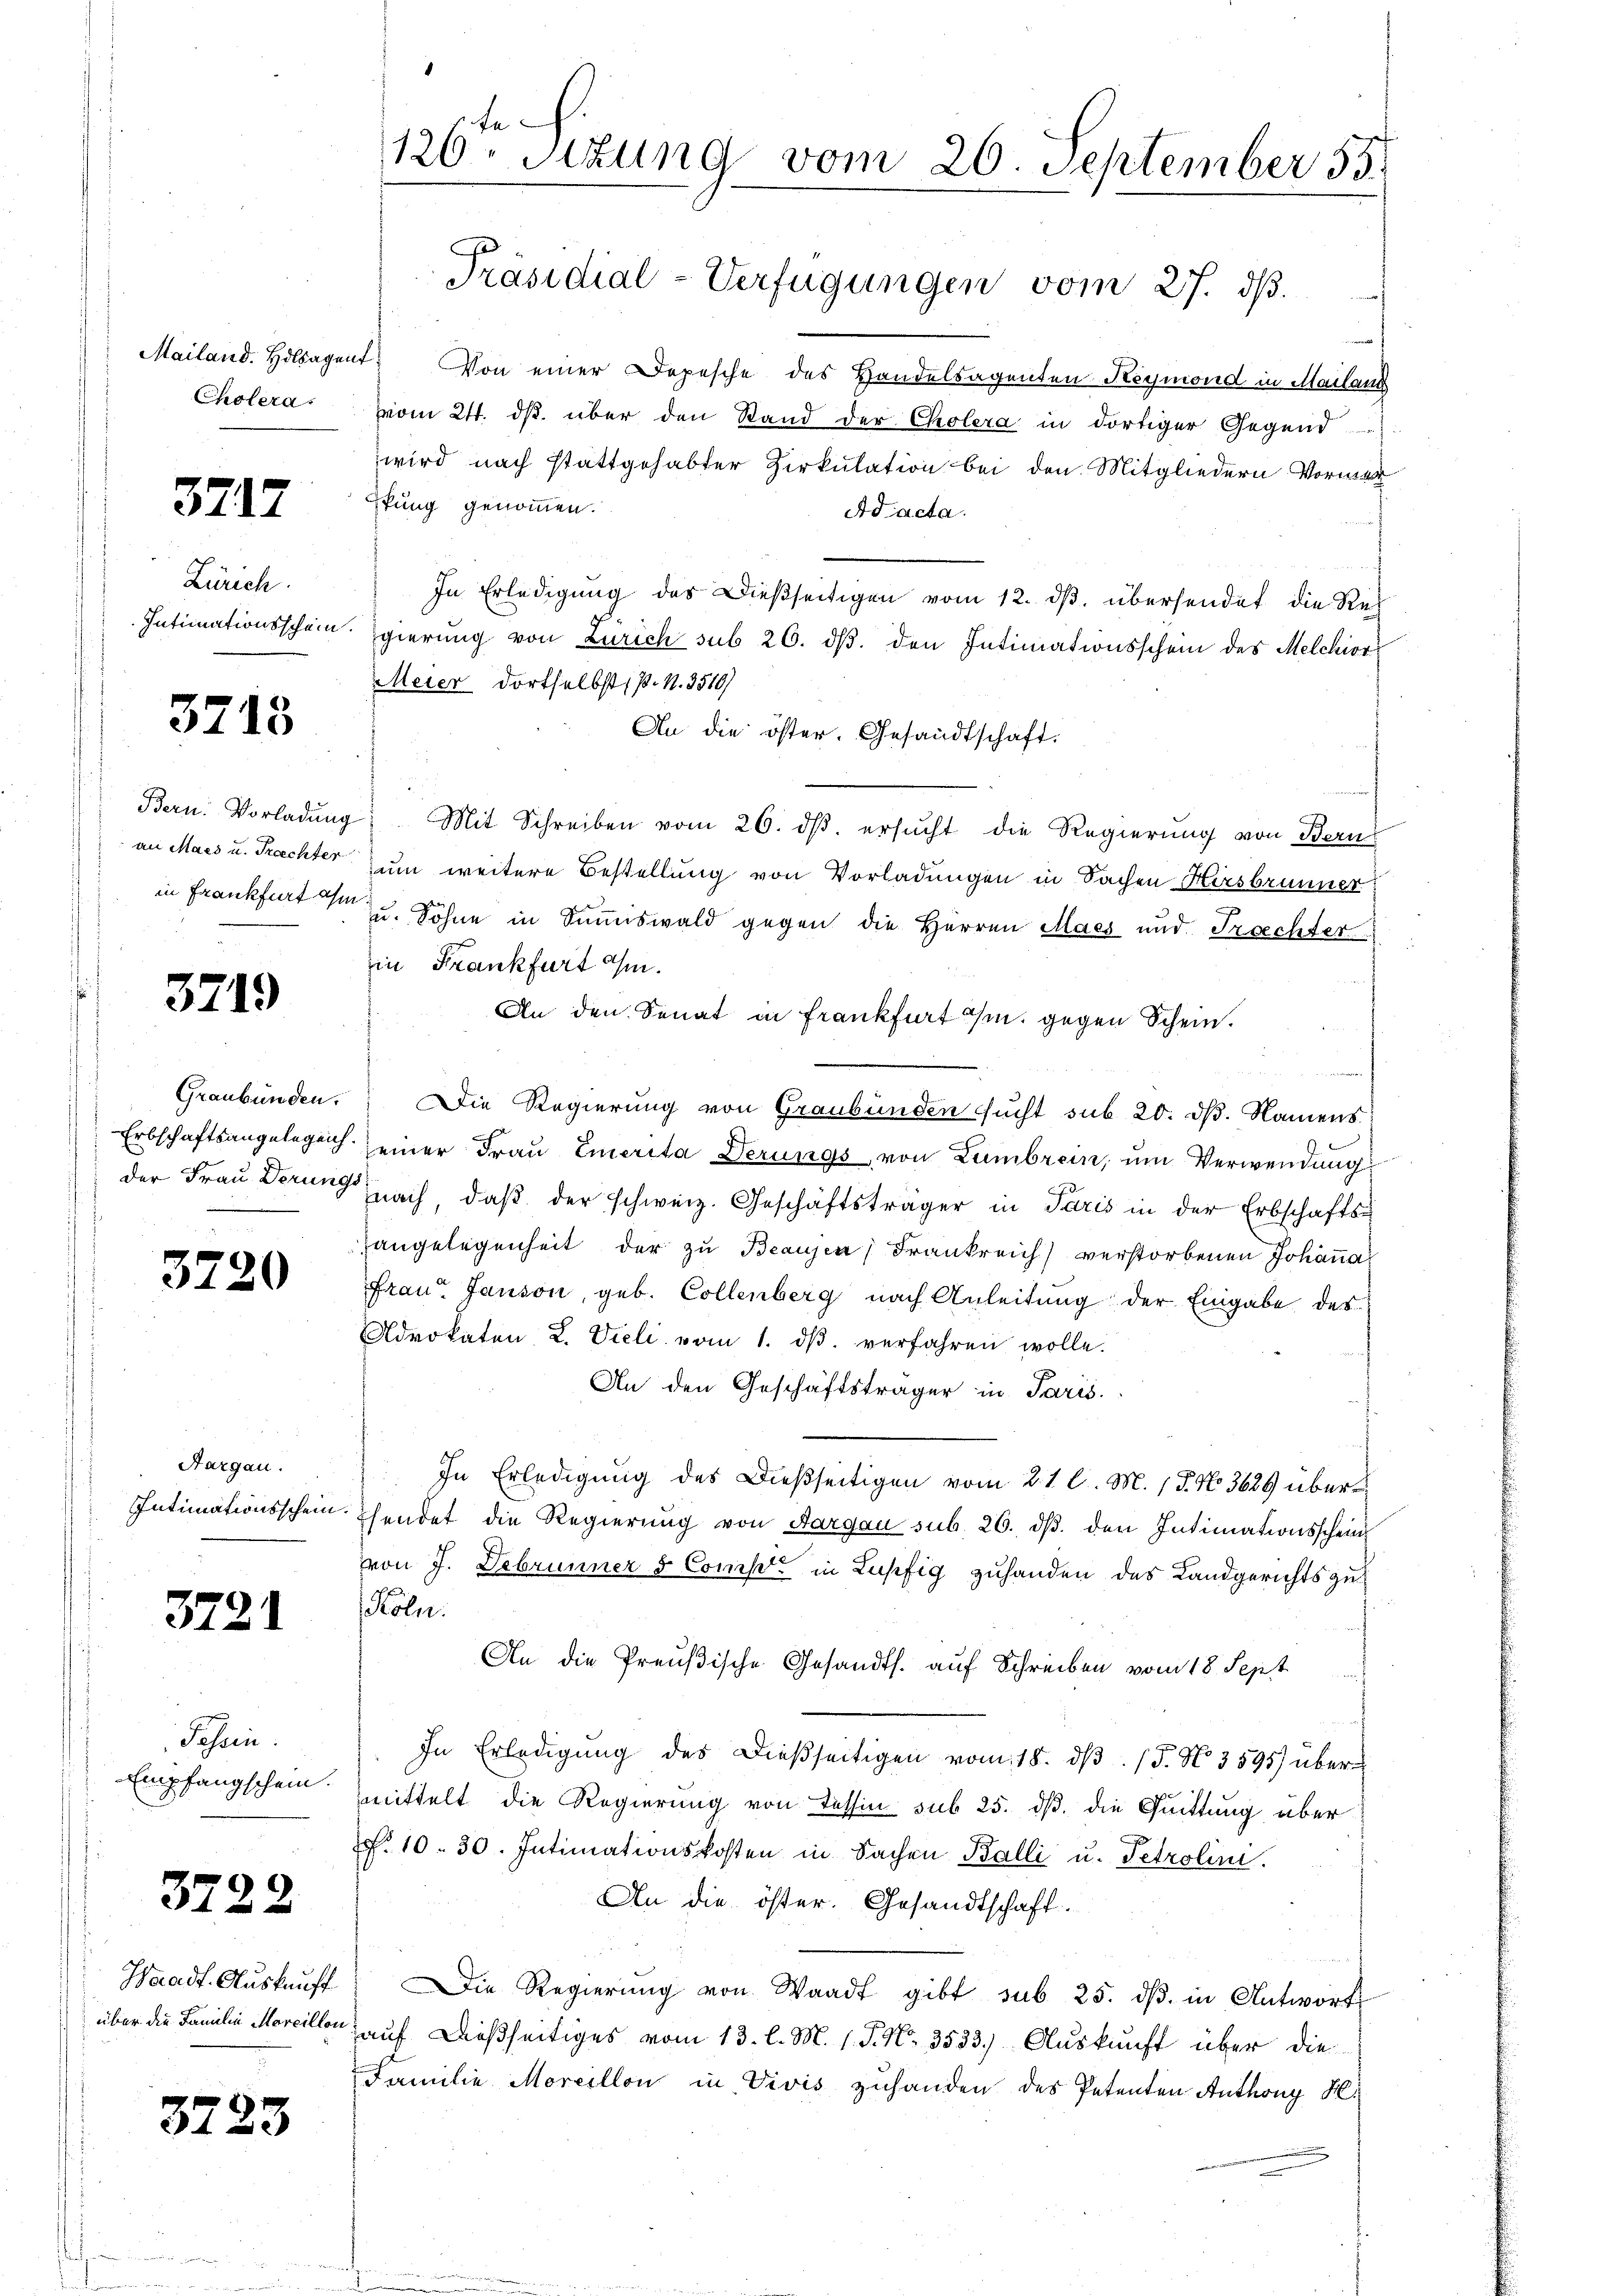
Cholera.

3717

Zürich.

3718

3719

3220

Hargau.

3721

Passen.

3722

3723

126ten Sitzung vom 26. September 55.

Mailand. Hilagent. Von einer Depesche des Handelsagenten Reymond in Mailans
vom 24. dβ über den Stand der Cholera in dortiger Gegend
wird nach stattgehabter Zirkulation bei den Mitgliedern Vormer
stung genommen.
Ad acta.
In Erledigŭng des Dießseitigen vom 12. dβ übersendet die Re-
Intimationsschein gierung von Zürich sub 26. dβ. den Intimationsschein des Melchior
Meier dortselbst (p. N. 3510)
An die öster. Gesandtschaft.
Bern. Vorladŭng Mit Schreiben vom 26. ds. ersucht die Regierung von Bern
an Mass u. Rechter zum weitere Bestellung von Vorladungen in Sachen Hirsbrunner
in Frankfurt u. Söhne in Summiswald gegen die Herren Mass und Proechter
in Frankfurt an.
An den Senat in Frankfurt a/m. gegen Schein.
Graubünden. Die Regierung von Graubünden sŭcht sub 20. dβ. Namens
Erbschaftsangelege seiner Frau Emerita Derungs von Lambrein, um Verwendung
der Frau Derung nach, daβ der schweiz. Geschäftsträger in Paris in der Erbschafts-
Hangelegenheit der zu Beausen Frankreich verstorbenen Johanna
Frau Janson, geb. Collenberg nach Anleitung der Eingabe des
Advokaten L. Vieli vom 1. dβ verfahren wolle.
An den Geschäftsträger in Paris.
In Erledigung des Dießseitigen vom 21 l. M. 15. No. 3629 über¬
Intimationsschein hendet die Regierung von Aargau sub. 26. ds. den Intimationsscheinvon J. Debrunner & Comp. in Lupfig zuhanden des Landgerichts zu¬
Köln.
An die Preußische Gesandts. auf Schreiben vom 18. Sept.
In Erledigung des dießseitigen vom 18. dβ. / 5. No. 3595) über¬
Empfangschein mittelt die Regierung von Tessin sub 25. dß. die Quittung über
. 10. 30. Intimationskosten in Sachen Balli u. Petrolini.
An die öster. Gesandtschaft.
Waadt Aŭskaŭft. Die Regierŭng von Waadt gibt sub 25. dβ in Antwort
über die Familie Marcillon, auf dießseitiges vom 13. l. M. 1. P. Nr. 3533.) Auskunft über die
Familie Moreillon in Vivis zuhanden des Petenten Anthony H.

Präsidial-Verfügungen vom 27. d.